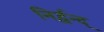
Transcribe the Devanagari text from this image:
निर्द्वन्द्